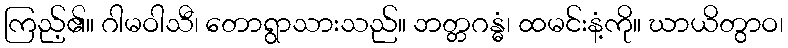
ကြည့်၏။ ဂါမဝါသီ၊ တောရွာသားသည်။ ဘတ္တဂန္ဓံ၊ ထမင်းနံ့ကို။ ဃာယိတွာဝ၊